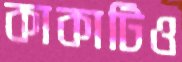
কাকাটিও